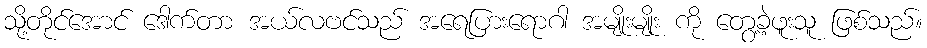
သို့တိုင်အောင် ဒေါက်တာ အယ်လဗင်သည် အရေပြားရောဂါ အမျိုးမျိုး ကို တွေ့ခဲ့ဖူးသူ ဖြစ်သည်။